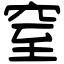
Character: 窒